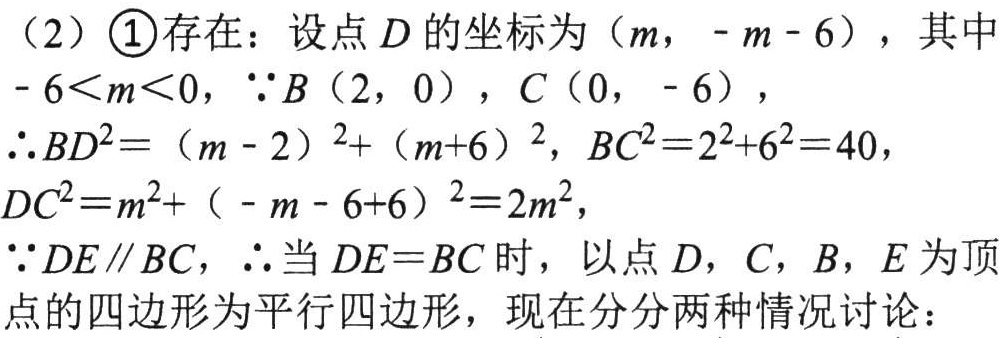
（2）\textcircled{1}存在：设点\(D\)的坐标为\((m, -m - 6)\)，其中\(-6<m<0\)，\(\because B(2, 0)\)，\(C(0, - 6)\)，
\(\therefore BD^{2}=(m - 2)^{2}+(m + 6)^{2}\)，\(BC^{2}=2^{2}+6^{2}=40\)，
\(DC^{2}=m^{2}+(-m - 6 + 6)^{2}=2m^{2}\)，
\(\because DE\parallel BC\)，\(\therefore\)当\(DE = BC\)时，以点\(D\)，\(C\)，\(B\)，\(E\)为顶点的四边形为平行四边形，现在分分两种情况讨论：